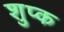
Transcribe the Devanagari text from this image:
शुप्क